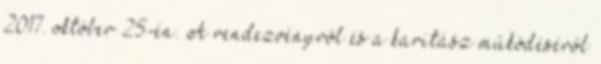
2017. október 25-én. A rendezvényről és a karitász működéséről